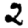
Digit: 2